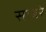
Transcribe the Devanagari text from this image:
साबरे